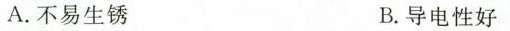
A.不易生锈 B.导电性好